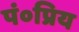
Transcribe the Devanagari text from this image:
पं०प्रिय